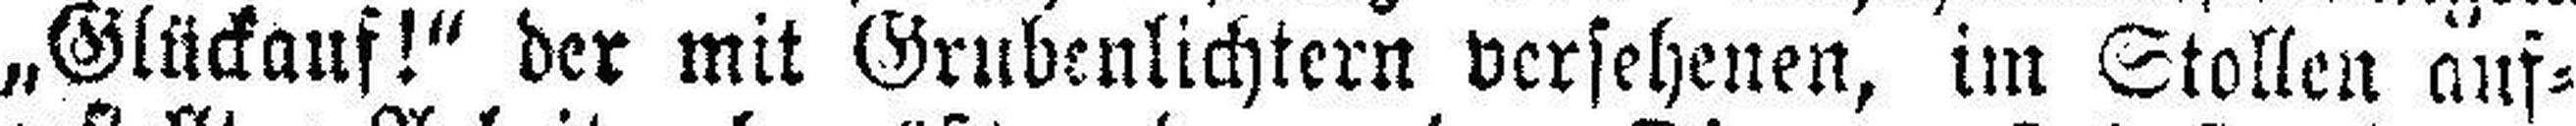
„Glückauf!“ der mit Grubenlichtern versehenen, im Stollen auf¬